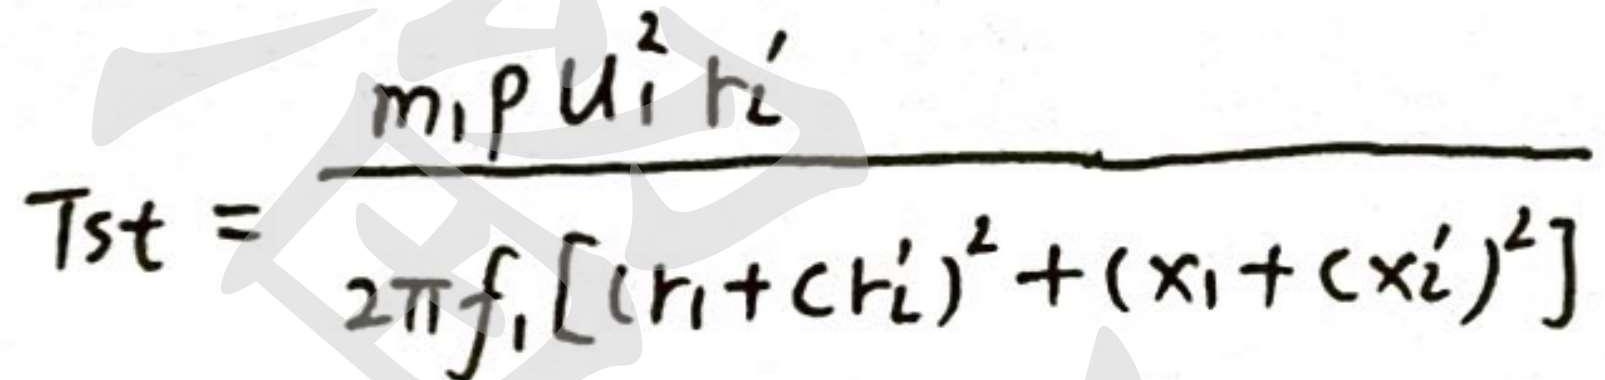
$Tst = \frac{m_1 p u_1^2 r_1'}{2 \pi f_1 [(r_1 + c r_1')^2 + (x_1 + c x_1')^2]}$